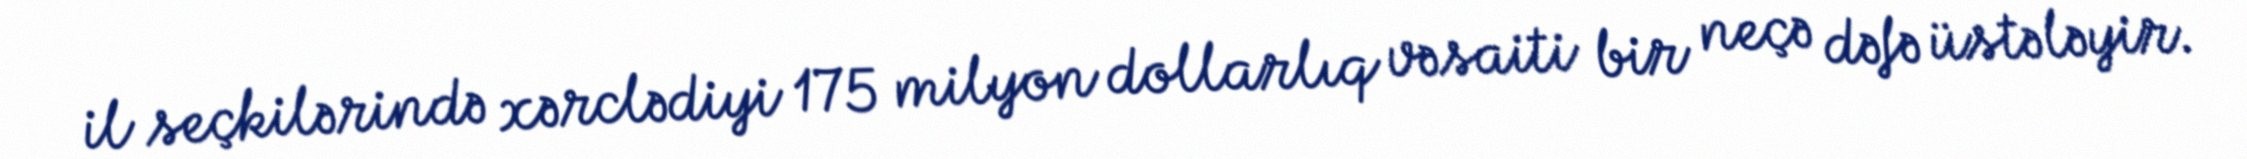
il seçkilərində xərclədiyi 175 milyon dollarlıq vəsaiti bir neçə dəfə üstələyir.